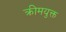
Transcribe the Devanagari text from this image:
क्रीमयुक्त